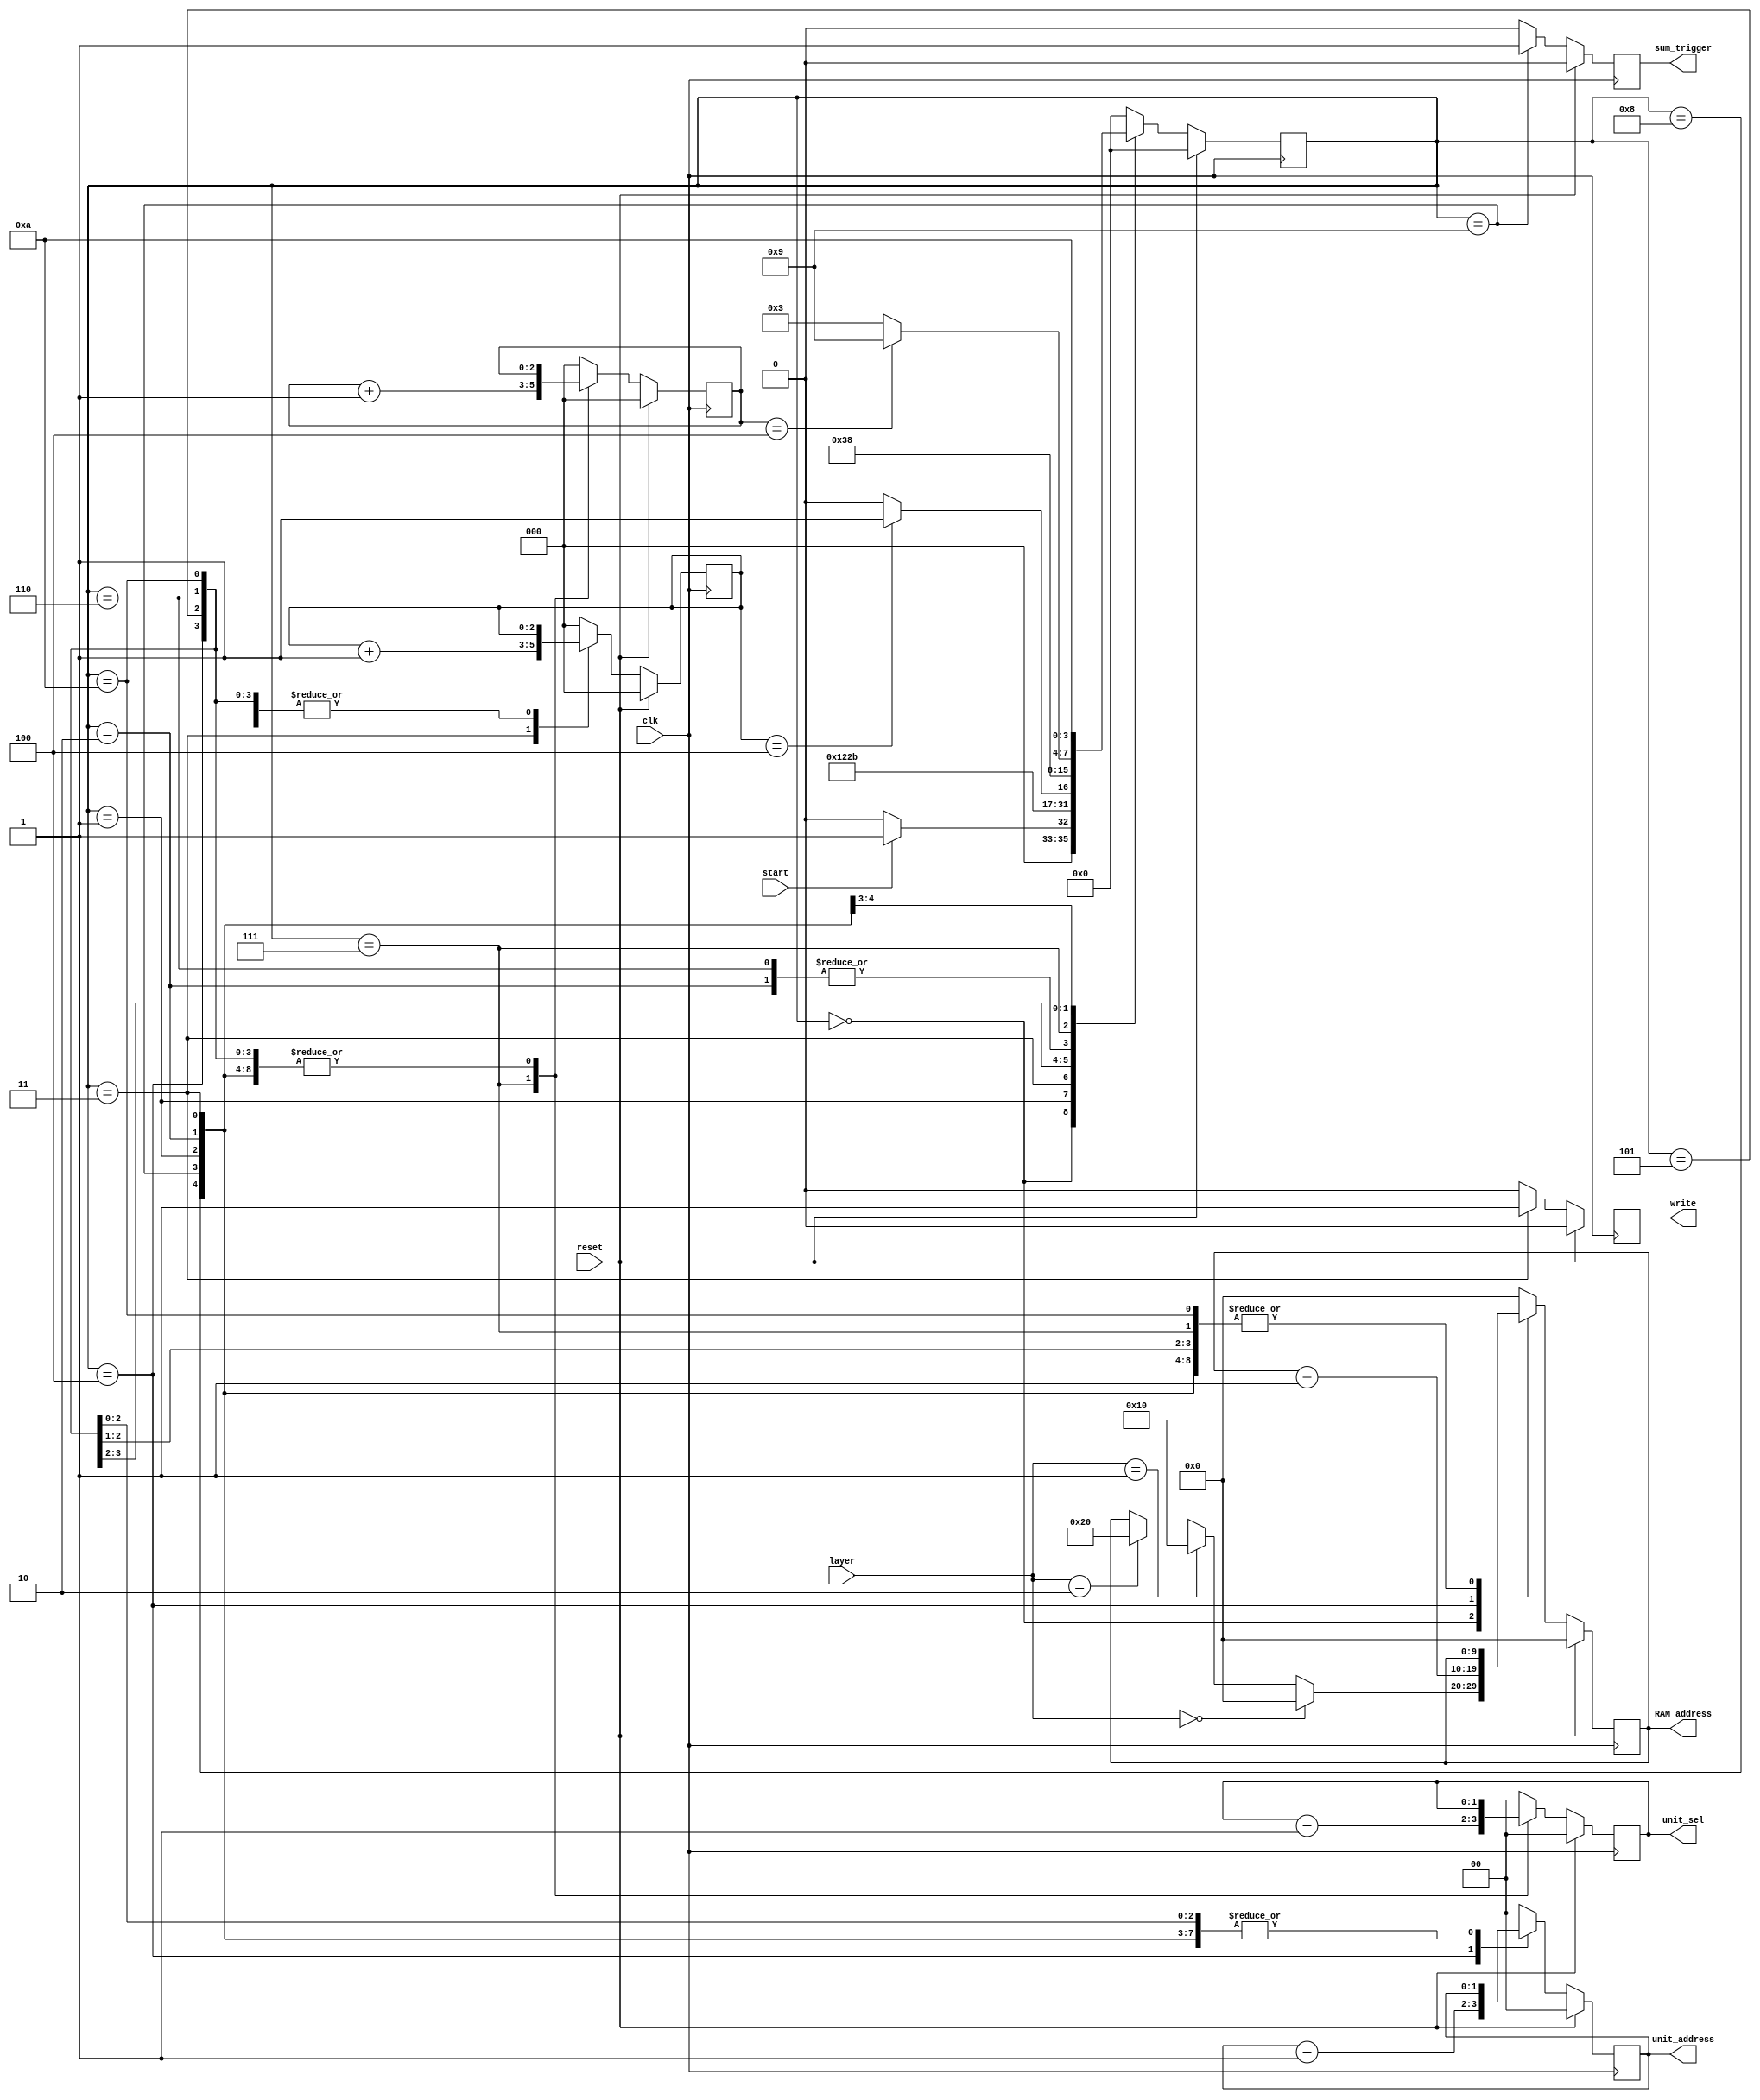
`timescale 1ns / 1ps
//////////////////////////////////////////////////////////////////////////////////
// 
// Module Name: RAMReadDriver
// Project Name: Neural Network
// Description: For 4 units
// 
//////////////////////////////////////////////////////////////////////////////////

module RAM_Read_Driver(start,layer,reset,clk,RAM_address,unit_sel,unit_address,write,sum_trigger);
input start,reset,clk;
input [1:0] layer;
output reg [9:0] RAM_address;
output reg [1:0] unit_sel,unit_address; //TODO: Python
output reg write, sum_trigger;

reg [3:0] state, nextstate;
reg [2:0] count, unitcount; //TODO: Python

always @ (posedge clk) begin
	state <= nextstate;
	if(reset==1)
		state <= 0;
end

always @ (state or start or count or unitcount) begin //state or start
	case(state)
		0: begin
			if(start==1)
				nextstate <= 1;
			else
				nextstate <= 0;
			end
		1: begin //stall one cycle for ram latency
			nextstate <= 2;
			end
		2: begin //stall two cycles for ram latency
			nextstate <= 3;
			end
		3: begin
			nextstate <= 4;
			end
		4: begin
			nextstate <= 5;
			end
		5: begin //stall one cycle for ram latency
			if(count ==4) nextstate <= 7; //TODO: Python
			else nextstate <= 6;
			end
		6: begin //stall second cycle for ram latency
			nextstate <= 3;
			end
		7: begin //update unit while stalling for ram latency
			nextstate <= 8;
			end
		8: begin //check unit count
			if(unitcount == 4) nextstate <= 9; //TODO: Python
			else nextstate <= 3;
			end
		9: begin
			nextstate <= 10;
			end
		10: begin
			nextstate <= 0;
			end
		default: begin
			nextstate <= 0;
			end
	endcase
end

always @ (posedge clk) begin
	if(reset == 1) begin
		RAM_address <= 0;
		unit_sel <= 0;
		unit_address <= 0;
		write <= 0;
		sum_trigger <= 0;
		count <= 0;
		unitcount <= 0;
		end
	else case(state)
		0: begin
			if(layer == 0)
				RAM_address <= 0;
			else if(layer == 1)
				RAM_address <= 16;
			else if(layer == 2)
				RAM_address <= 32;
			unit_sel <= 0;
			unit_address <= 0;
			write <= 0;
			sum_trigger <= 0;
			count <= 0;
			unitcount <= 0;
			end
		1: begin //stall one cycle for ram latency
			RAM_address <= RAM_address;
			unit_sel <= unit_sel;
			unit_address <= unit_address;
			write <= 0;
			sum_trigger <= 0;
			count <= count;
			unitcount <= unitcount;
			end
		2: begin //stall two cycles for ram latency
			RAM_address <= RAM_address;
			unit_sel <= unit_sel;
			unit_address <= unit_address;
			write <= 0;
			sum_trigger <= 0;
			count <= count;
			unitcount <= unitcount;
			end
		3: begin
			RAM_address <= RAM_address;
			unit_sel <= unit_sel;
			unit_address <= unit_address;
			write <= 1;
			sum_trigger <= 0;
			count <= count + 1;
			unitcount <= unitcount;
			end
		4: begin
			RAM_address <= RAM_address + 1;
			unit_sel <= unit_sel;
			unit_address <= unit_address + 1;
			write <= 0;
			sum_trigger <= 0;
			count <= count;
			unitcount <= unitcount;
			end
		5: begin //stall one cycle for ram latency
			RAM_address <= RAM_address;
			unit_sel <= unit_sel;
			unit_address <= unit_address;
			write <= 0;
			sum_trigger <= 0;
			count <= count;
			unitcount <= unitcount;
			end
		6: begin //stall two cycles for ram latency
			RAM_address <= RAM_address;
			unit_sel <= unit_sel;
			unit_address <= unit_address;
			write <= 0;
			sum_trigger <= 0;
			count <= count;
			unitcount <= unitcount;
			end
		7: begin //update unit while stalling for ram latency
			RAM_address <= RAM_address;
			unit_sel <= unit_sel + 1;
			unit_address <= 0;
			write <= 0;
			sum_trigger <= 0;
			count <= 0;
			unitcount <= unitcount + 1;
			end
		8: begin //check unit count
			RAM_address <= RAM_address;
			unit_sel <= unit_sel;
			unit_address <= unit_address;
			write <= 0;
			sum_trigger <= 0;
			count <= count;
			unitcount <= unitcount;
			end
		9: begin
			RAM_address <= RAM_address;
			unit_sel <= unit_sel;
			unit_address <= unit_address;
			write <= 0;
			sum_trigger <= 1;
			count <= count;
			unitcount <= unitcount;
			end
		10: begin
			RAM_address <= RAM_address;
			unit_sel <= unit_sel;
			unit_address <= unit_address;
			write <= 0;
			sum_trigger <= 0; //what? was one, should check
			count <= count;
			unitcount <= unitcount;
			end
		default: begin
			RAM_address <= 0;
			unit_sel <= 0;
			unit_address <= 0;
			write <= 0;
			sum_trigger <= 0;
			count <= 0;
			unitcount <= 0;
			end
	endcase
end

endmodule